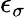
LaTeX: \epsilon_{\sigma}